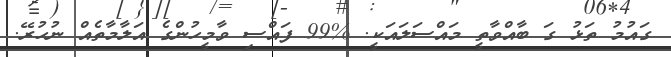
ގައުމު ތަޅު ގަ ބާއްވާތީ މައްސަލައަކީ. %99 ފައްސި ވާމީހުންގެ އަލާމާތެއް ނުހުރޭ.